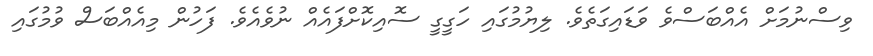
ވިސްނުމަށް އެއްބަސްވެ ވަޑައިގަތެވެ. ލިޔުމުގައި ހަގީގީ ސޮއިކޮށްފައެއް ނުވެއެވެ. ފަހުން މިއެއްބަސް ވުމުގައި